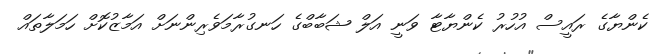
ކެންޔާގެ ރައީސް އުހުރު ކެންޔާޓާ ވަނީ އަލް ޝަބާބްގެ ހަނގުރާމަވެރިންނަށް އަމާޒުކޮށް ހަމަލާތައް